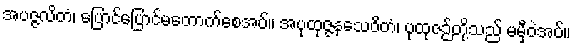
အပဇ္ဇလိတံ၊ ပြောင်ပြောင်မတောက်စေအပ်။ အပုထုဇ္ဇနသေဝိတံ၊ ပုထုဇဉ်တို့သည် မမှီဝဲအပ်။